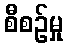
စီစဉ်မှု